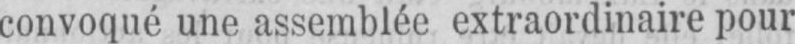
convoqué une assemblée extraordinaire pour